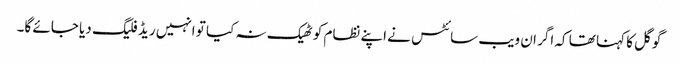
گوگل کا کہنا تھا کہ اگر ان ویب سائٹس نے اپنے نظام کو ٹھیک نہ کیا تو انہیں ریڈ فلیگ دیا جائے گا۔